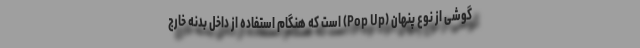
گوشی از نوع پنهان (Pop Up) است که هنگام استفاده از داخل بدنه خارج